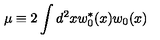
\mu \equiv 2 \int d ^ { 2 } x w _ { 0 } ^ { * } ( x ) w _ { 0 } ( x )